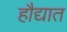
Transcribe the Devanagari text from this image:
हौद्यात